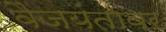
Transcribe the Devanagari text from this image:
वैजयंतावर